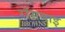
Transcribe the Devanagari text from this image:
रॉसबाइ